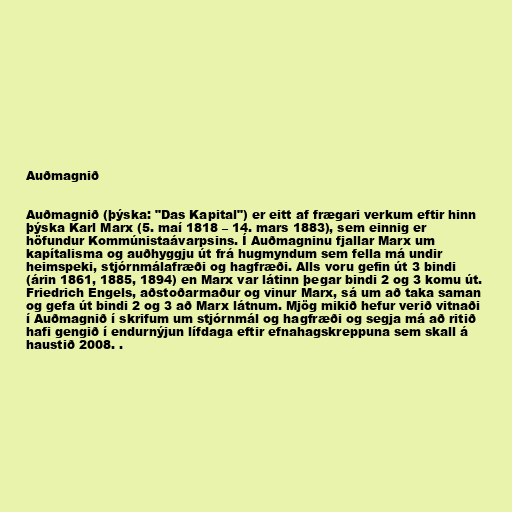
Auðmagnið

Auðmagnið (þýska: "Das Kapital") er eitt af frægari verkum eftir hinn
þýska Karl Marx (5. maí 1818 – 14. mars 1883), sem einnig er
höfundur Kommúnistaávarpsins. Í Auðmagninu fjallar Marx um
kapítalisma og auðhyggju út frá hugmyndum sem fella má undir
heimspeki, stjórnmálafræði og hagfræði. Alls voru gefin út 3 bindi
(árin 1861, 1885, 1894) en Marx var látinn þegar bindi 2 og 3 komu út.
Friedrich Engels, aðstoðarmaður og vinur Marx, sá um að taka saman
og gefa út bindi 2 og 3 að Marx látnum. Mjög mikið hefur verið vitnaði
í Auðmagnið í skrifum um stjórnmál og hagfræði og segja má að ritið
hafi gengið í endurnýjun lífdaga eftir efnahagskreppuna sem skall á
haustið 2008. .